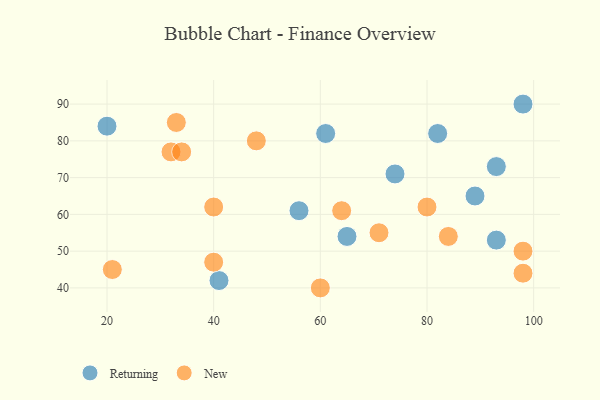
{"axis": {"x": "GDP", "y": "Life Expectancy"}, "legend": ["New", "Returning"], "data": [{"x": "93", "y": 73, "type": "Returning"}, {"x": "61", "y": 82, "type": "Returning"}, {"x": "93", "y": 53, "type": "Returning"}, {"x": "98", "y": 90, "type": "Returning"}, {"x": "82", "y": 82, "type": "Returning"}, {"x": "41", "y": 42, "type": "Returning"}, {"x": "56", "y": 61, "type": "Returning"}, {"x": "89", "y": 65, "type": "Returning"}, {"x": "74", "y": 71, "type": "Returning"}, {"x": "65", "y": 54, "type": "Returning"}, {"x": "20", "y": 84, "type": "Returning"}, {"x": "33", "y": 85, "type": "New"}, {"x": "84", "y": 54, "type": "New"}, {"x": "32", "y": 77, "type": "New"}, {"x": "80", "y": 62, "type": "New"}, {"x": "98", "y": 44, "type": "New"}, {"x": "40", "y": 62, "type": "New"}, {"x": "48", "y": 80, "type": "New"}, {"x": "34", "y": 77, "type": "New"}, {"x": "21", "y": 45, "type": "New"}, {"x": "64", "y": 61, "type": "New"}, {"x": "98", "y": 50, "type": "New"}, {"x": "60", "y": 40, "type": "New"}, {"x": "40", "y": 47, "type": "New"}, {"x": "71", "y": 55, "type": "New"}]}